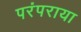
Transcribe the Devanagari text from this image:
परंपराया